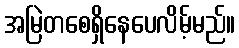
အမြဲတစေရှိနေပေလိမ့်မည်။